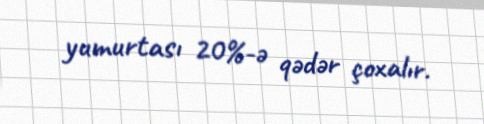
yumurtası 20%-ə qədər çoxalır.